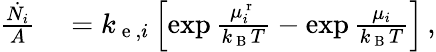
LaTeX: \begin{array}{rl}{\frac{\dot{N_{i}}}{A}}&{{}=k_{\mathrm{~e~},i}\left[\exp{\frac{\mu_{i}^{\mathrm{~r~}}}{k_{\mathrm{~B~}}T}}-\exp{\frac{\mu_{i}}{k_{\mathrm{~B~}}T}}\right]\, ,}\end{array}